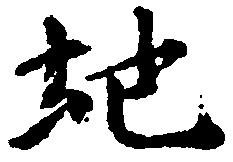
地